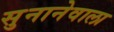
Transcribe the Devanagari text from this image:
सुनानेवाला